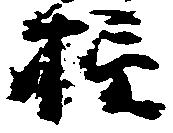
損